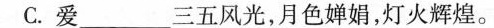
C.爱_____三五风光，月色婵娟，灯火辉煌。